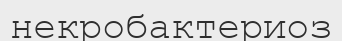
некробактериоз